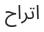
اتراح